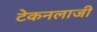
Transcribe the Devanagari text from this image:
टेकनलाजी